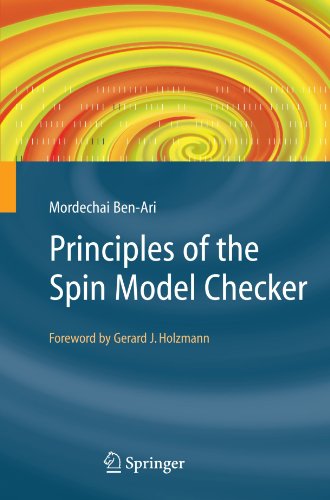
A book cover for Principles of the Spin Model Checker; Mordechai Ben-Ari; Computers & Technology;